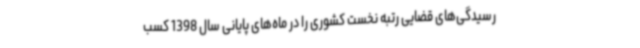
رسیدگی‌های قضایی رتبه نخست کشوری را در ماه‌های پایانی سال 1398 کسب